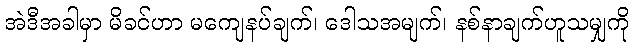
အဲဒီအခါမှာ မိခင်ဟာ မကျေနပ်ချက်၊ ဒေါသအမျက်၊ နစ်နာချက်ဟူသမျှကို